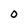
Character: O